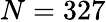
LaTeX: N=327